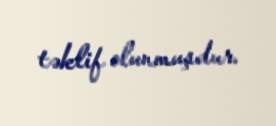
təklif olunmuşdur.